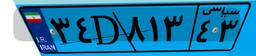
۳۴D۸۱۳۴۳